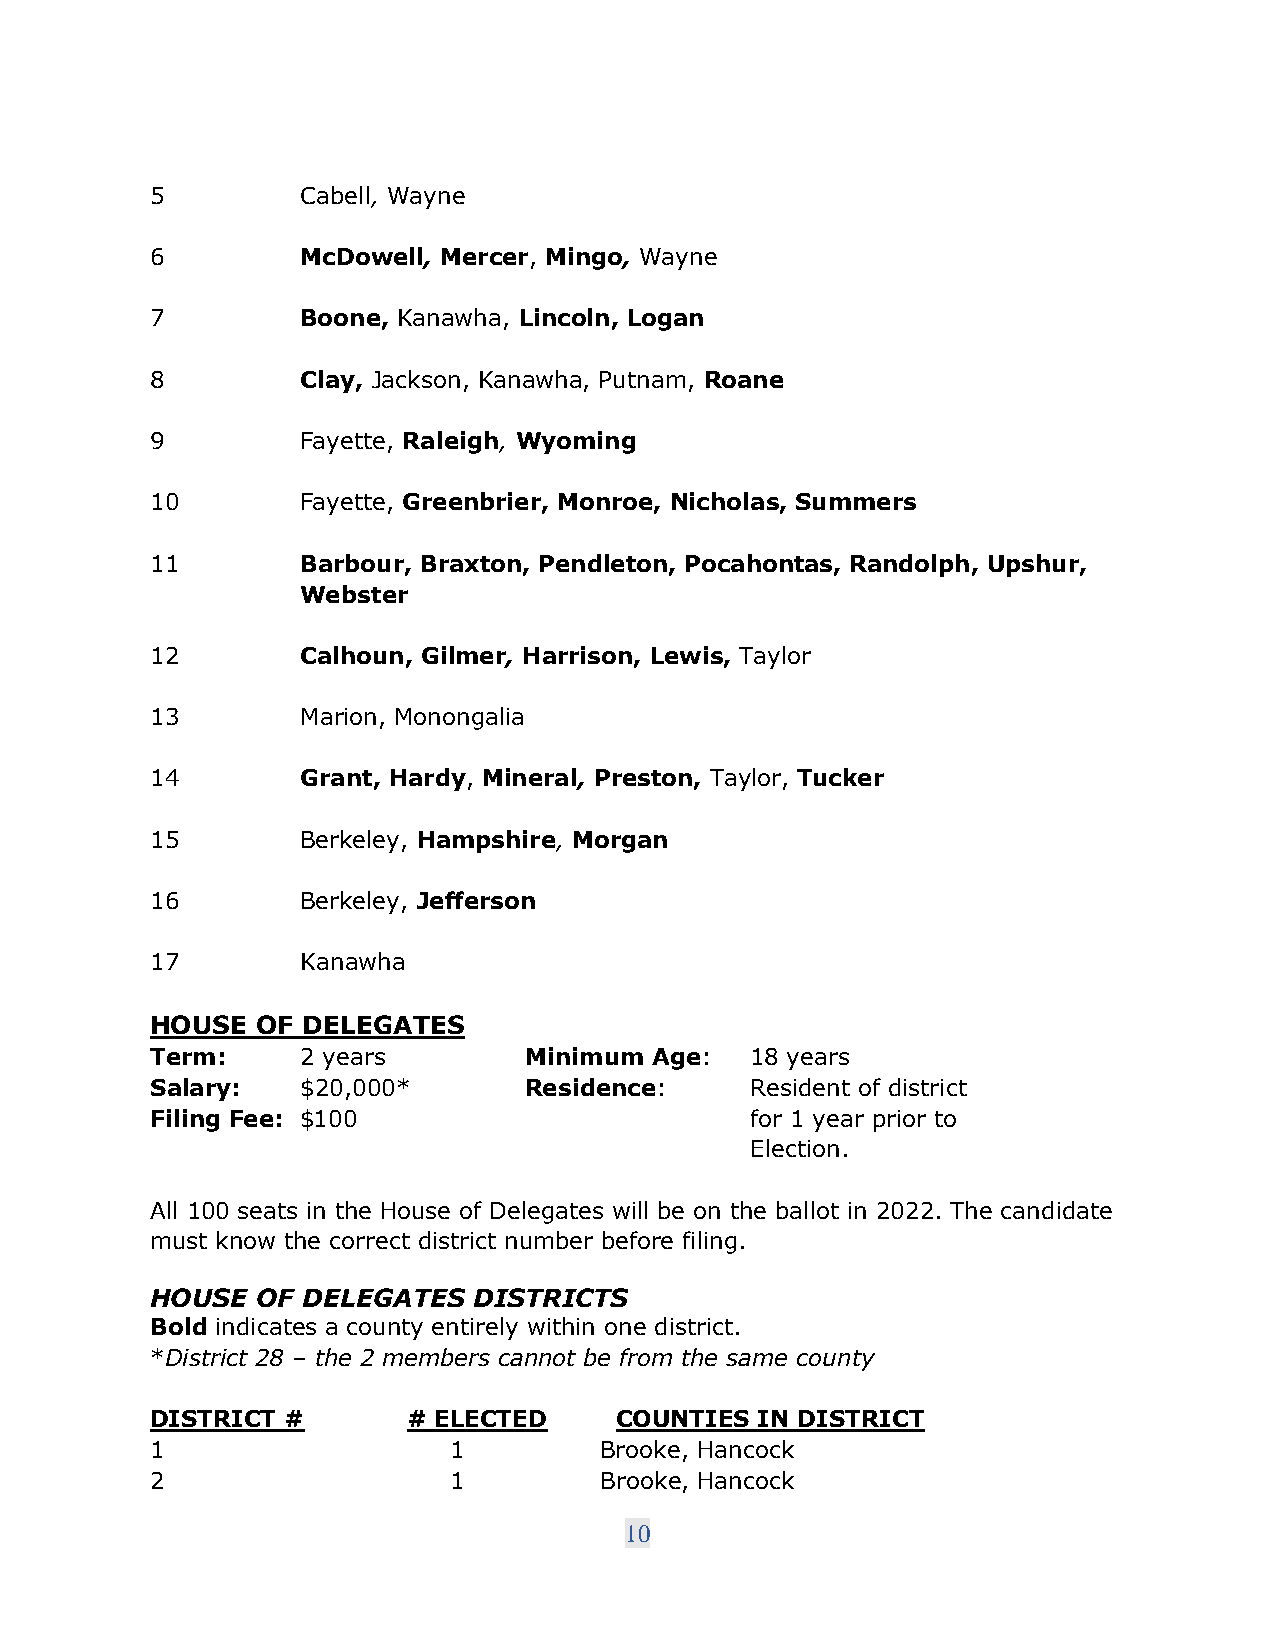
5         Cabell, Wayne
 6         McDowell, Mercer, Mingo, Wayne
 7         Boone, Kanawha, Lincoln, Logan
 8         Clay, Jackson, Kanawha, Putnam, Roane
 9         Fayette, Raleigh, Wyoming
 10        Fayette, Greenbrier, Monroe, Nicholas, Summers
 11        Barbour, Braxton, Pendleton, Pocahontas, Randolph, Upshur,
 Webster
 12        Calhoun, Gilmer, Harrison, Lewis, Taylor
 13        Marion, Monongalia
 14        Grant, Hardy, Mineral, Preston, Taylor, Tucker
 15        Berkeley, Hampshire, Morgan
 16        Berkeley, Jefferson
 17        Kanawha
 HOUSE  OF DELEGATES
 Term:     2 years        Minimum Age:   18 years
 Salary:   $20,000*       Residence:     Resident of district
 Filing Fee: $100                        for 1 year prior to
 Election.
 All 100 seats in the House of Delegates will be on the ballot in 2022. The candidate
 must know the correct district number before filing.
 HOUSE  OF DELEGATES  DISTRICTS
 Bold indicates a county entirely within one district.
 *District 28 – the 2 members cannot be from the same county
 DISTRICT #       # ELECTED     COUNTIES IN DISTRICT
 1                   1         Brooke, Hancock
 2                   1         Brooke, Hancock
 10